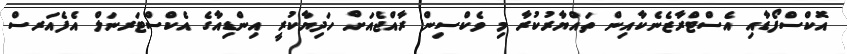
އޮކްސްފޯޑާއި އެސްޓްރާޒެނެކާއިން ތައްޔާރުކުރާ މި ވެކްސިން ރާއްޖެއަށް ހަދިޔާކުރީ އިންޑިއާގެ އެކްސްޓަރނަލް އެފެއަރސް